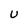
Character: U